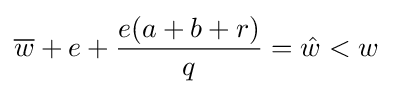
{\overline {w}}+e+{\frac {e(a+b+r)}{q}}={\hat {w}}<w\;